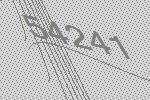
54241